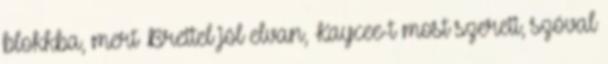
blokkba, mert Brettel jól elvan, Kaycee-t most szereti, szóval